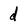
Character: d